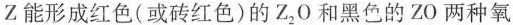
Z能形成红色(或砖红色)的Z_{2}0和黑色的ZO两种氧